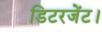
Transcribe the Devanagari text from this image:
डिटरजेंट।